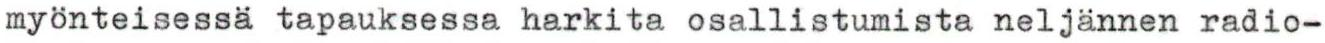
myönteisessä tapauksessa harkita osallistumista neljännen radio-